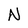
Character: N